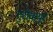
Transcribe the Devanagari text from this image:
गुरीवायूर